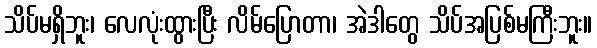
သိပ်မရှိဘူး၊ လေလုံးထွားပြီး လိမ်ပြောတာ၊ အဲဒါတွေ သိပ်အပြစ်မကြီးဘူး။